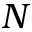
N